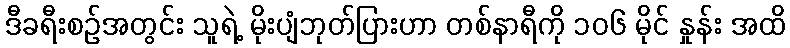
ဒီခရီးစဉ်အတွင်း သူရဲ့ မိုးပျံဘုတ်ပြားဟာ တစ်နာရီကို ၁၀၆ မိုင် နှုန်း အထိ